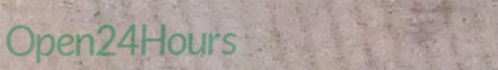
Open24Hours